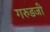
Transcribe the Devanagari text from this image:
गरुडजी